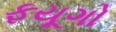
ફયૂગો